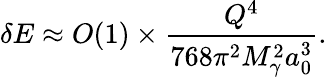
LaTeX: \delta E\approx O(1)\times\frac{Q^{4}}{768\pi^{2}M_{\gamma}^{2}a_{0}^{3}}.